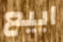
ابيع